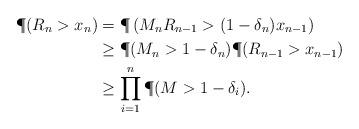
LaTeX: \begin{align*}\P(R_n> x_n)&=\P\left(M_n R_{n-1}>(1-\delta_n)x_{n-1}\right)\\&\geq \P(M_n> 1-\delta_n)\P(R_{n-1}>x_{n-1})\\&\geq \prod_{i=1}^{n} \P(M>1-\delta_i).\end{align*}